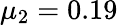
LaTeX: \mu_{2}=0.19